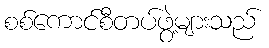
စစ်ကောင်စီတပ်ဖွဲ့များသည်